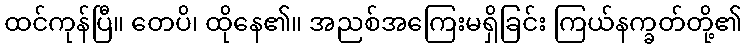
ထင်ကုန်ပြီ။ တေပိ၊ ထိုနေ၏။ အညစ်အကြေးမရှိခြင်း ကြယ်နက္ခတ်တို့၏